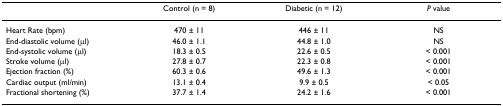
|  | Control (n = 8) | Diabetic (n = 12) | P value |
 | --- | --- | --- | --- |
 | Heart Rate (bpm) | 470 ± 11 | 446 ± 11 | NS |
 | End-diastolic volume (μl) | 46.0 ± 1.1 | 44.8 ± 1.0 | NS |
 | End-systolic volume (μl) | 18.3 ± 0.5 | 22.6 ± 0.5 | < 0.001 |
 | Stroke volume (μl) | 27.8 ± 0.7 | 22.3 ± 0.8 | < 0.001 |
 | Ejection fraction (%) | 60.3 ± 0.6 | 49.6 ± 1.3 | < 0.001 |
 | Cardiac output (ml/min) | 13.1 ± 0.4 | 9.9 ± 0.5 | < 0.05 |
 | Fractional shortening (%) | 37.7 ± 1.4 | 24.2 ± 1.6 | < 0.001 |